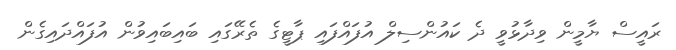
ރައީސް ޔާމީން ވިދާޅުވީ ދެ ކައުންސިލް އުފައްފައި ޕާޓީގެ ތެރޭގައި ބައިބައިވުން އުފައްދައިގެން